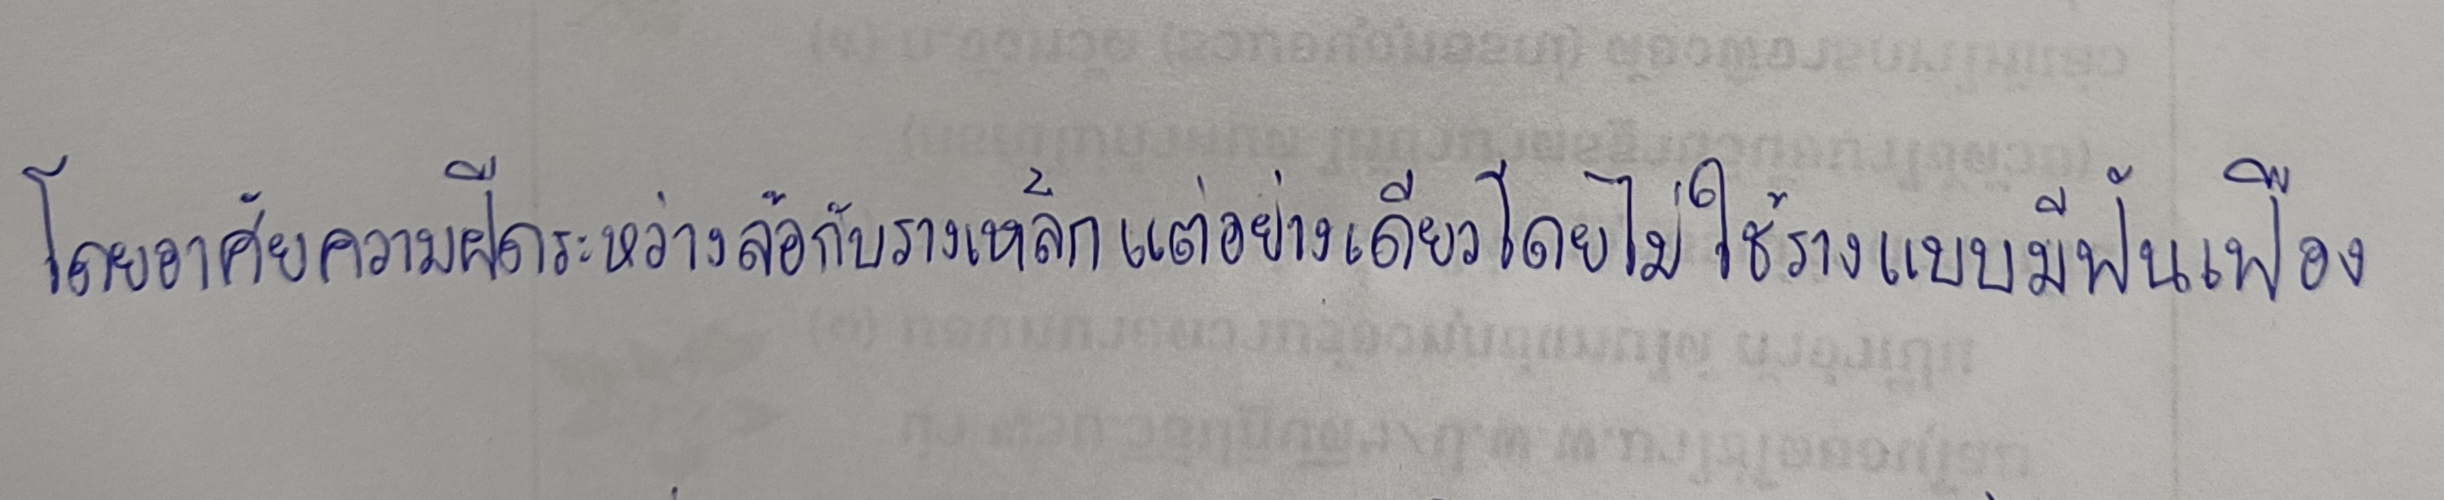
โดยอาศัยความฝืดระหว่างล้อกับรางเหล็กแต่อย่างเดียวโดยไม่ใช้รางแบบมีฟันเฟือง